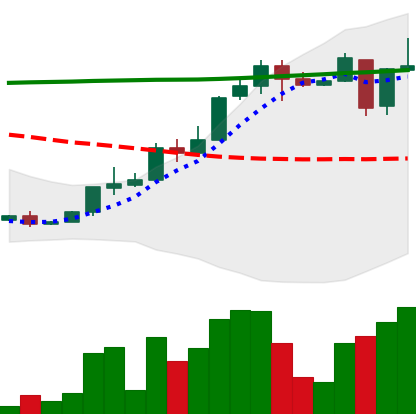
Ticker: XLM-USD
Chart end date: 2018-04-27
Forward return: 12.31%
Label: up_7plus